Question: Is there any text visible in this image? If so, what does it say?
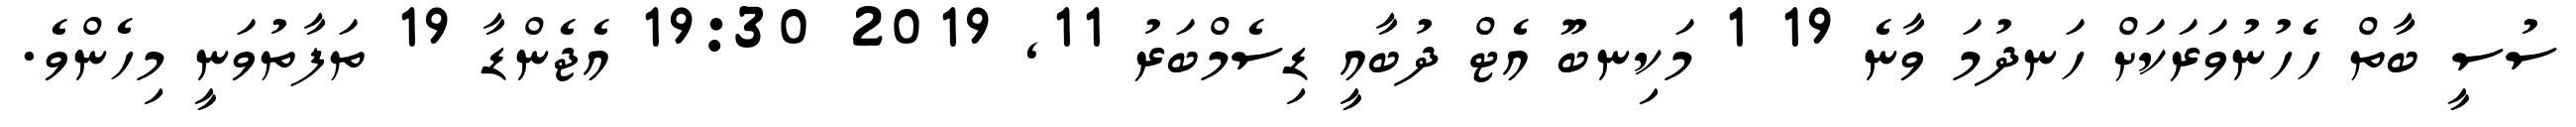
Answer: ސުސީ ބާތް ހެހުނުވަރަކަށް ހަނދުމަ ވާނެ 19 1 މަކިނބޫ އެޓް ދުބާއީ ޑިސެމްބަރު 11, 2019 19:30 އެޖެންޑާ 19 ތަފާތުވަނީ މިހެންވެ.